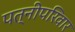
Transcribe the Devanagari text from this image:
पत्नीपरिवार